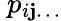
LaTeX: \ p_{i\mathbf{j}\ldots}